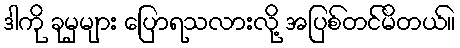
ဒါကို ခုမှများ ပြောရသလားလို့ အပြစ်တင်မိတယ်။